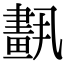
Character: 𦘣